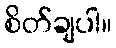
စိတ်ချပါ။